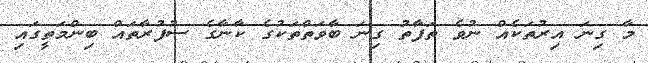
މާ ގިނަ އިރުތަކެއް ނުވެ ތަފާތު ގިނަ ބާވަތްތަކުގެ ކާނާގެ ސުފުރާތައް ބިންމަތީގައި